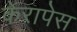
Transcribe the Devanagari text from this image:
केरापेस